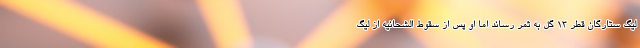
لیگ ستارگان قطر 13 گل به ثمر رساند اما او پس از سقوط الشحانیه از لیگ